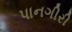
પાનગીરી